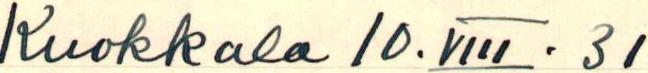
Kuokkala 10. VIII. 31